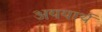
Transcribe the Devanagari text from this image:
अययार्थ